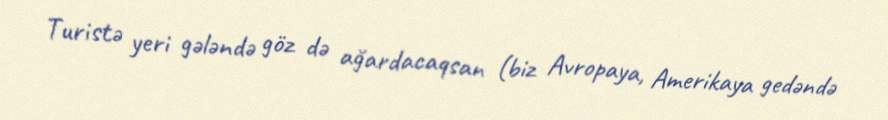
Turistə yeri gələndə göz də ağardacaqsan (biz Avropaya, Amerikaya gedəndə